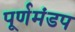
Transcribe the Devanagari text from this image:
पूर्णमंडप